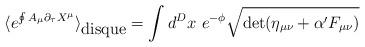
LaTeX: \begin{align*}\langle e^{\oint A_\mu \partial_\tau X^\mu} \rangle_{\mbox{disque}} = \int d^Dx~e^{-\phi} \sqrt{ \det(\eta_{\mu\nu} + \alpha' F_{\mu\nu} ) }\end{align*}